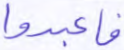
فاعبدوا